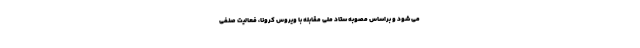
می شود و براساس مصوبه ستاد ملی مقابله با ویروس کرونا، فعالیت صنفی